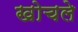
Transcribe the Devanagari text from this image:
खोचले